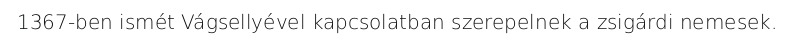
1367-ben ismét Vágsellyével kapcsolatban szerepelnek a zsigárdi nemesek.